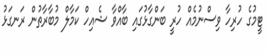
ޓީމުގެ ހުރިހާ ވިސްނުމެއް ހުރީ ބަންގާޅުގައި ބާއްވާ ޝެއިހް ކަމާލް މުބާރާތުން ރަނގަޅު